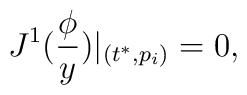
J^1(\frac \phi y)|_{(t^{*},p_i)}=0,